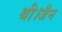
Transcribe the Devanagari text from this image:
थी।जैन